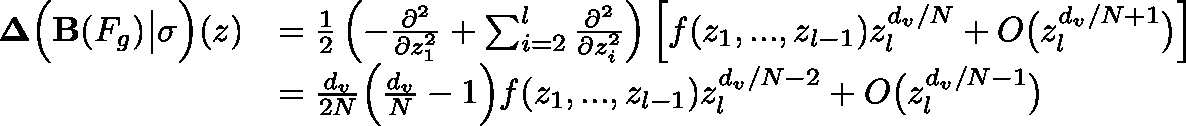
\begin{array} { r l } { \mathbf { \Delta } \Big ( \mathbf { B } ( F _ { g } ) \big | \sigma \Big ) ( z ) } & { = \frac { 1 } { 2 } \left( - \frac { \partial ^ { 2 } } { \partial z _ { 1 } ^ { 2 } } + \sum _ { i = 2 } ^ { l } \frac { \partial ^ { 2 } } { \partial z _ { i } ^ { 2 } } \right) \Big [ f ( z _ { 1 } , . . . , z _ { l - 1 } ) z _ { l } ^ { d _ { v } / N } + O \big ( z _ { l } ^ { d _ { v } / N + 1 } \big ) \Big ] } \\ & { = \frac { d _ { v } } { 2 N } \Big ( \frac { d _ { v } } { N } - 1 \Big ) f ( z _ { 1 } , . . . , z _ { l - 1 } ) z _ { l } ^ { d _ { v } / N - 2 } + O \big ( z _ { l } ^ { d _ { v } / N - 1 } \big ) } \end{array}